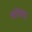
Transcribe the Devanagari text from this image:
कांप्राद